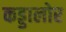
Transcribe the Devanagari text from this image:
कड्डालोर